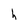
Character: h